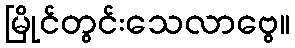
မြိုင်တွင်းသေလာဗွေ။